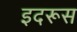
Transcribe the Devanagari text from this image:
इदरूस